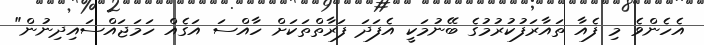
އެހެންވެ މި ފެއާ ތައާރަފުކުރުމުގެ ބޭނުމަކީ އެފަދަ ފަރާތްތަކަށް ހާއްސަ އަގެއް ހަމަޖައްސައިދިނުން"